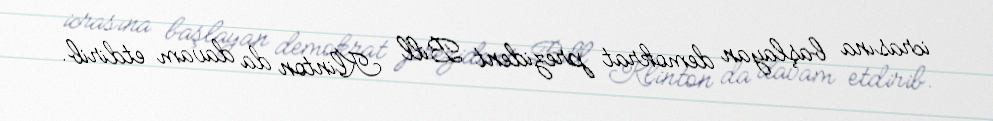
icrasına başlayan demokrat prezident Bill Klinton da davam etdirib.